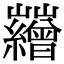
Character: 𡿘